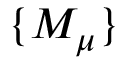
\{ M _ { \mu } \}